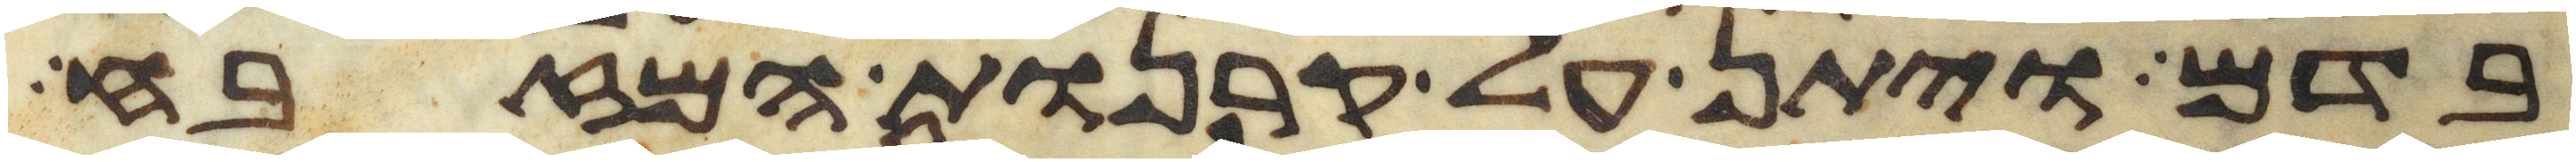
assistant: בדם ויתן על קרנות המזבח